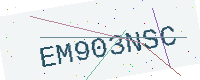
Text: EM903NSC